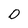
Character: 0